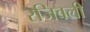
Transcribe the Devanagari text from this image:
रजिवली